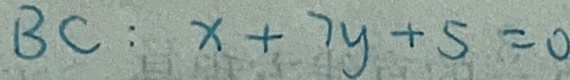
B C : x + 7 y + 5 = 0